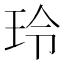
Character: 玲